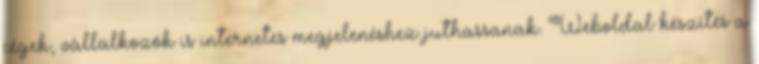
cégek, vállalkozók is internetes megjelenéshez juthassanak. Weboldal készítés a